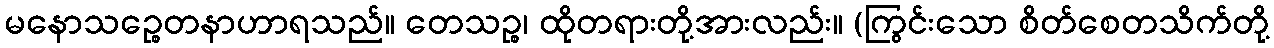
မနောသဉ္စေတနာဟာရသည်။ တေသဉ္စ၊ ထိုတရားတို့အားလည်း။ (ကြွင်းသော စိတ်စေတသိက်တို့